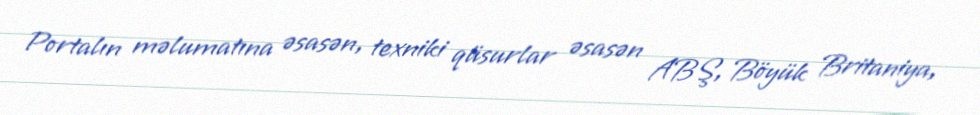
Portalın məlumatına əsasən, texniki qüsurlar əsasən ABŞ, Böyük Britaniya,